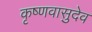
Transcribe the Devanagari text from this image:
कृष्णवासुदेव